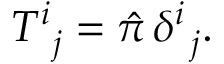
\begin{array} { r } { T _ { \, \, \, j } ^ { i } = \hat { \pi } \, \delta _ { \, \, \, j } ^ { i } . } \end{array}